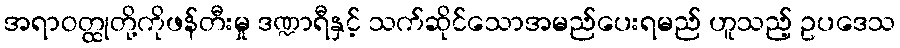
အရာဝတ္ထုတို့ကိုဖန်တီးမှု ဒဏ္ဍာရီနှင့် သက်ဆိုင်သောအမည်ပေးရမည် ဟူသည့် ဥပဒေသ